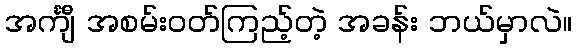
အင်္ကျီ အစမ်းဝတ်ကြည့်တဲ့ အခန်း ဘယ်မှာလဲ။